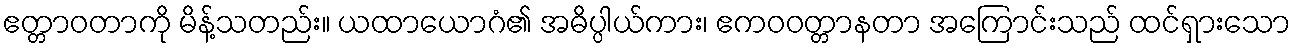
ဧတ္တာဝတာကို မိန့်သတည်း။ ယထာယောဂံ၏ အဓိပ္ပါယ်ကား၊ ဧကဝဝတ္တာနတာ အကြောင်းသည် ထင်ရှားသော